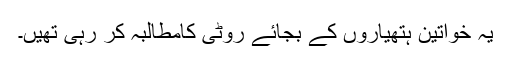
یہ خواتین ہتھیاروں کے بجائے روٹی کامطالبہ کر رہی تھیں۔